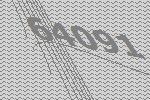
64091